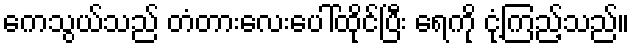
ကေသွယ်သည် တံတားလေးပေါ်ထိုင်ပြီး ရေကို ငုံ့ကြည့်သည်။